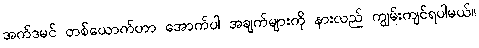
အက်ဒမင် တစ်ယောက်ဟာ အောက်ပါ အချက်များကို နားလည် ကျွမ်းကျင်ရပါမယ်။